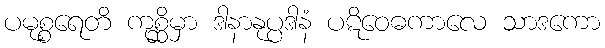
ပမုစ္စရေတိ ကုစ္ဆိမှာ ဒါနာနုပ္ပဒါနံ ပဋိဝေဓကာလေ သာဒကော